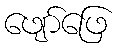
ဖျော်ဖြေ